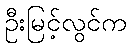
ဦးမြင့်လွင်က